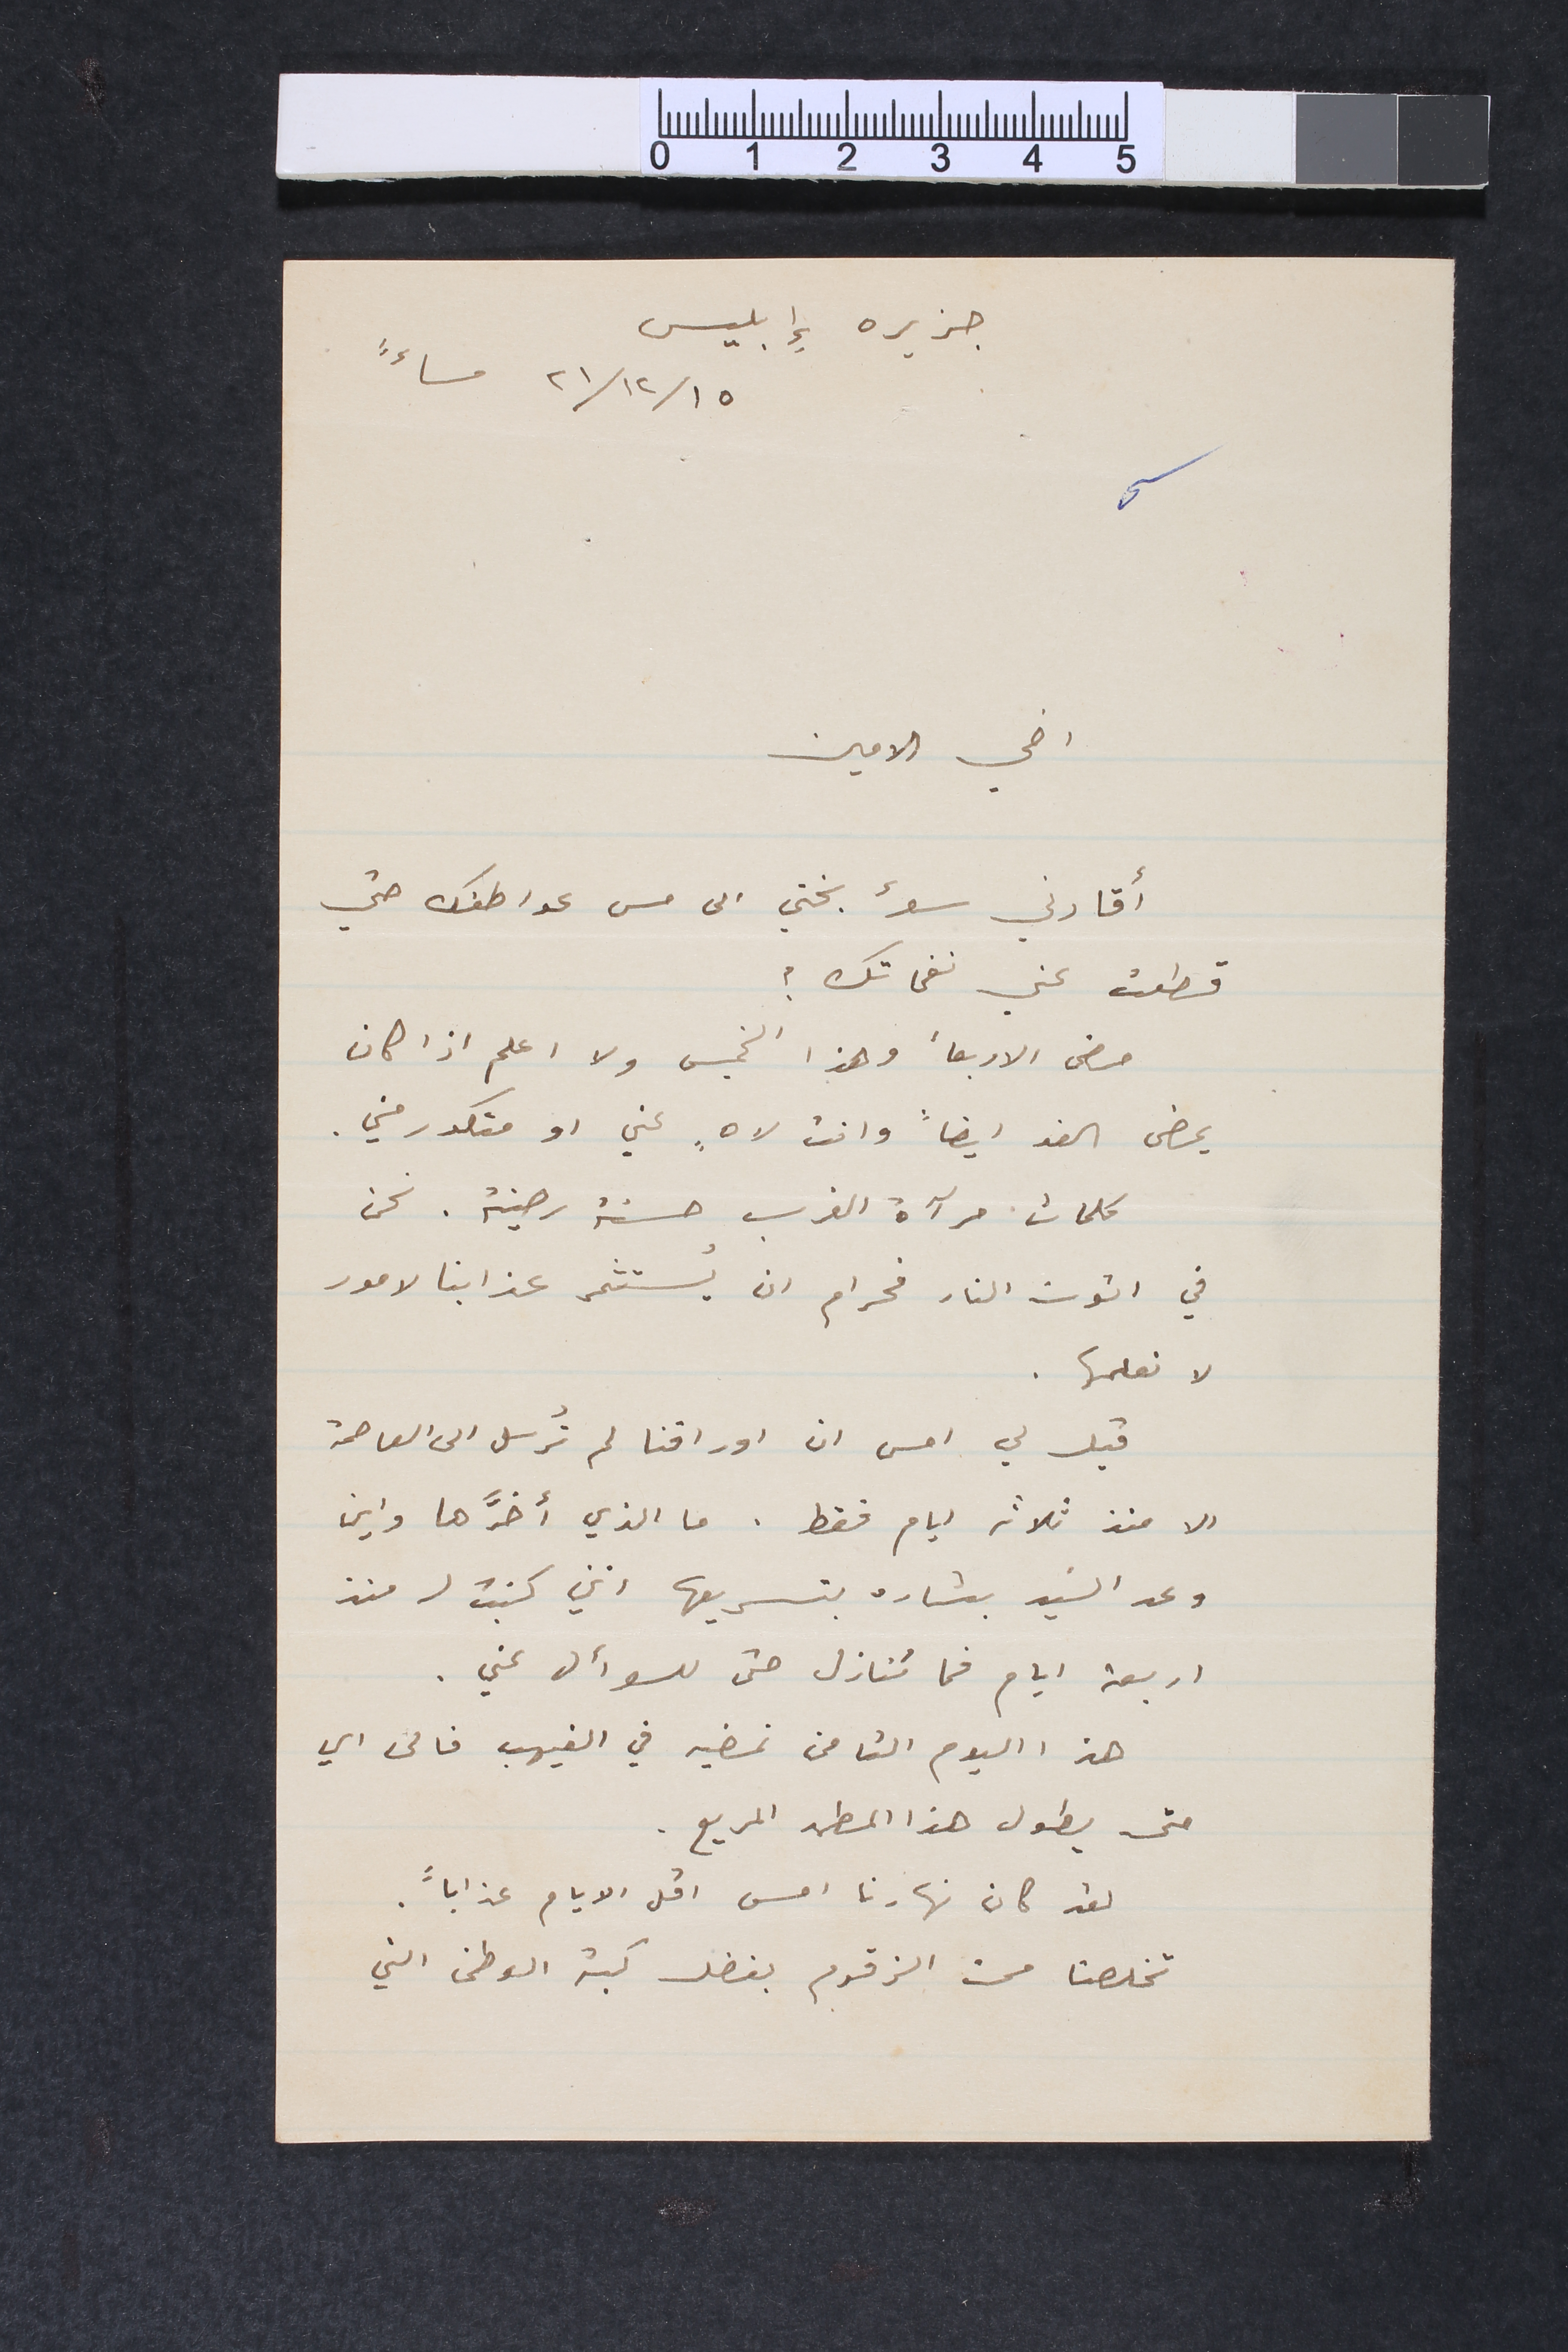
جزيره إِبليس
١٥ /١٢/ ٢١ مساءً
اخي الامين
اقادني سؤ بختي الى مس عواطفك حتي
قطعت عني نفحاتك؟
مضى الاربعأ وهذا الخميس ولا اعلم اذا كان
يمضى الغد ايضاً وانت لاهٍ عني او متكدر مني.
كلمات مرآة الغرب حسنة رصينة. نحن
في اتون النار فحرام ان يستثمر عذابنا لامور
لا نعلمها.
قيل لي امس ان اوراقنا لم تُرسل الى العاصمة
الا منذ ثلاثة ايام فقط . ما الذي أخرَّها واين
وعد السَيد بشاره بتسريعها انني كتبت له منذ
اربعة ايام فما تنازل حتى للسوأل عني.
هذا اليوم الثامن نمضيه في الغيهب فالى اي
متى يطول هذا المطهر المريع.
لقد كان نهارنا امس اقل الايام عذاباً.
تخلصنا من الزقوم بفضل كبة الوطن التي